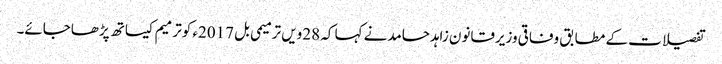
تفصیلات کے مطابق وفاقی وزیرقانون زاہدحامدنے کہا کہ 28ویں ترمیمی بل 2017ء کوترمیم کیساتھ پڑھاجائے۔